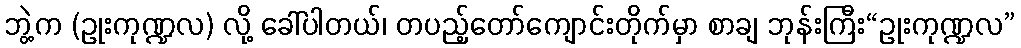
ဘွဲ့က (ဥုးကုဏ္ဍလ) လို့ ခေါ်ပါတယ်၊ တပည့်တော်ကျောင်းတိုက်မှာ စာချ ဘုန်းကြီး“ဥုးကုဏ္ဍလ”